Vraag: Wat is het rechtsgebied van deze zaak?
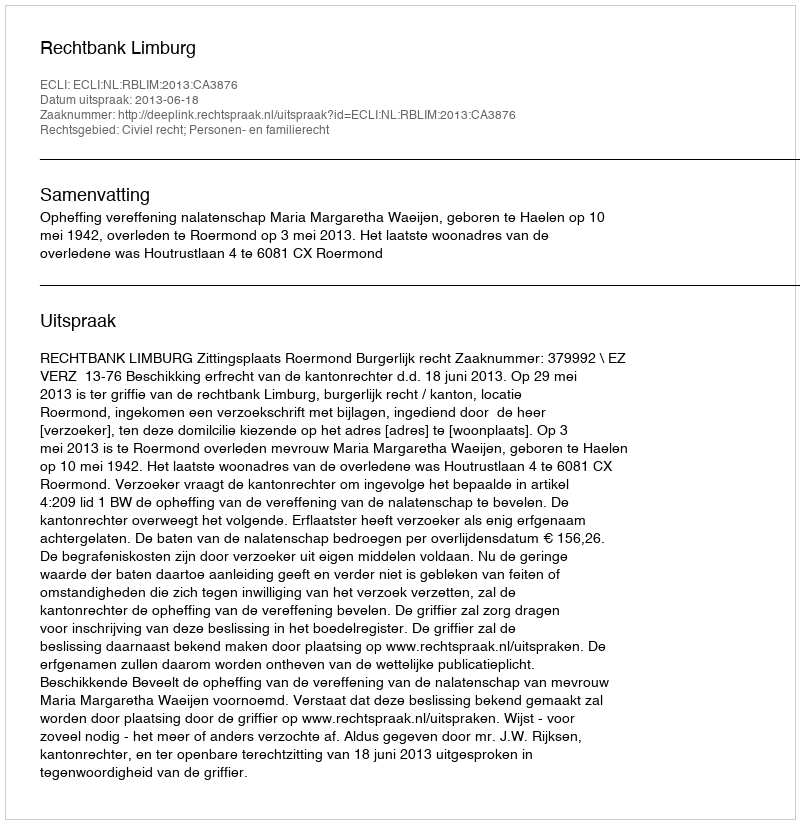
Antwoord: Civiel recht; Personen- en familierecht